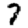
Digit: 7